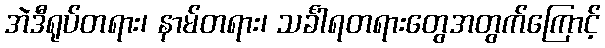
အဲဒီရုပ်တရား၊ နာမ်တရား၊ သင်္ခါရတရားတွေအတွက်ကြောင့်